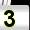
Digit: 3